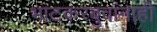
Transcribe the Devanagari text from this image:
भाटकरबुवांनाही